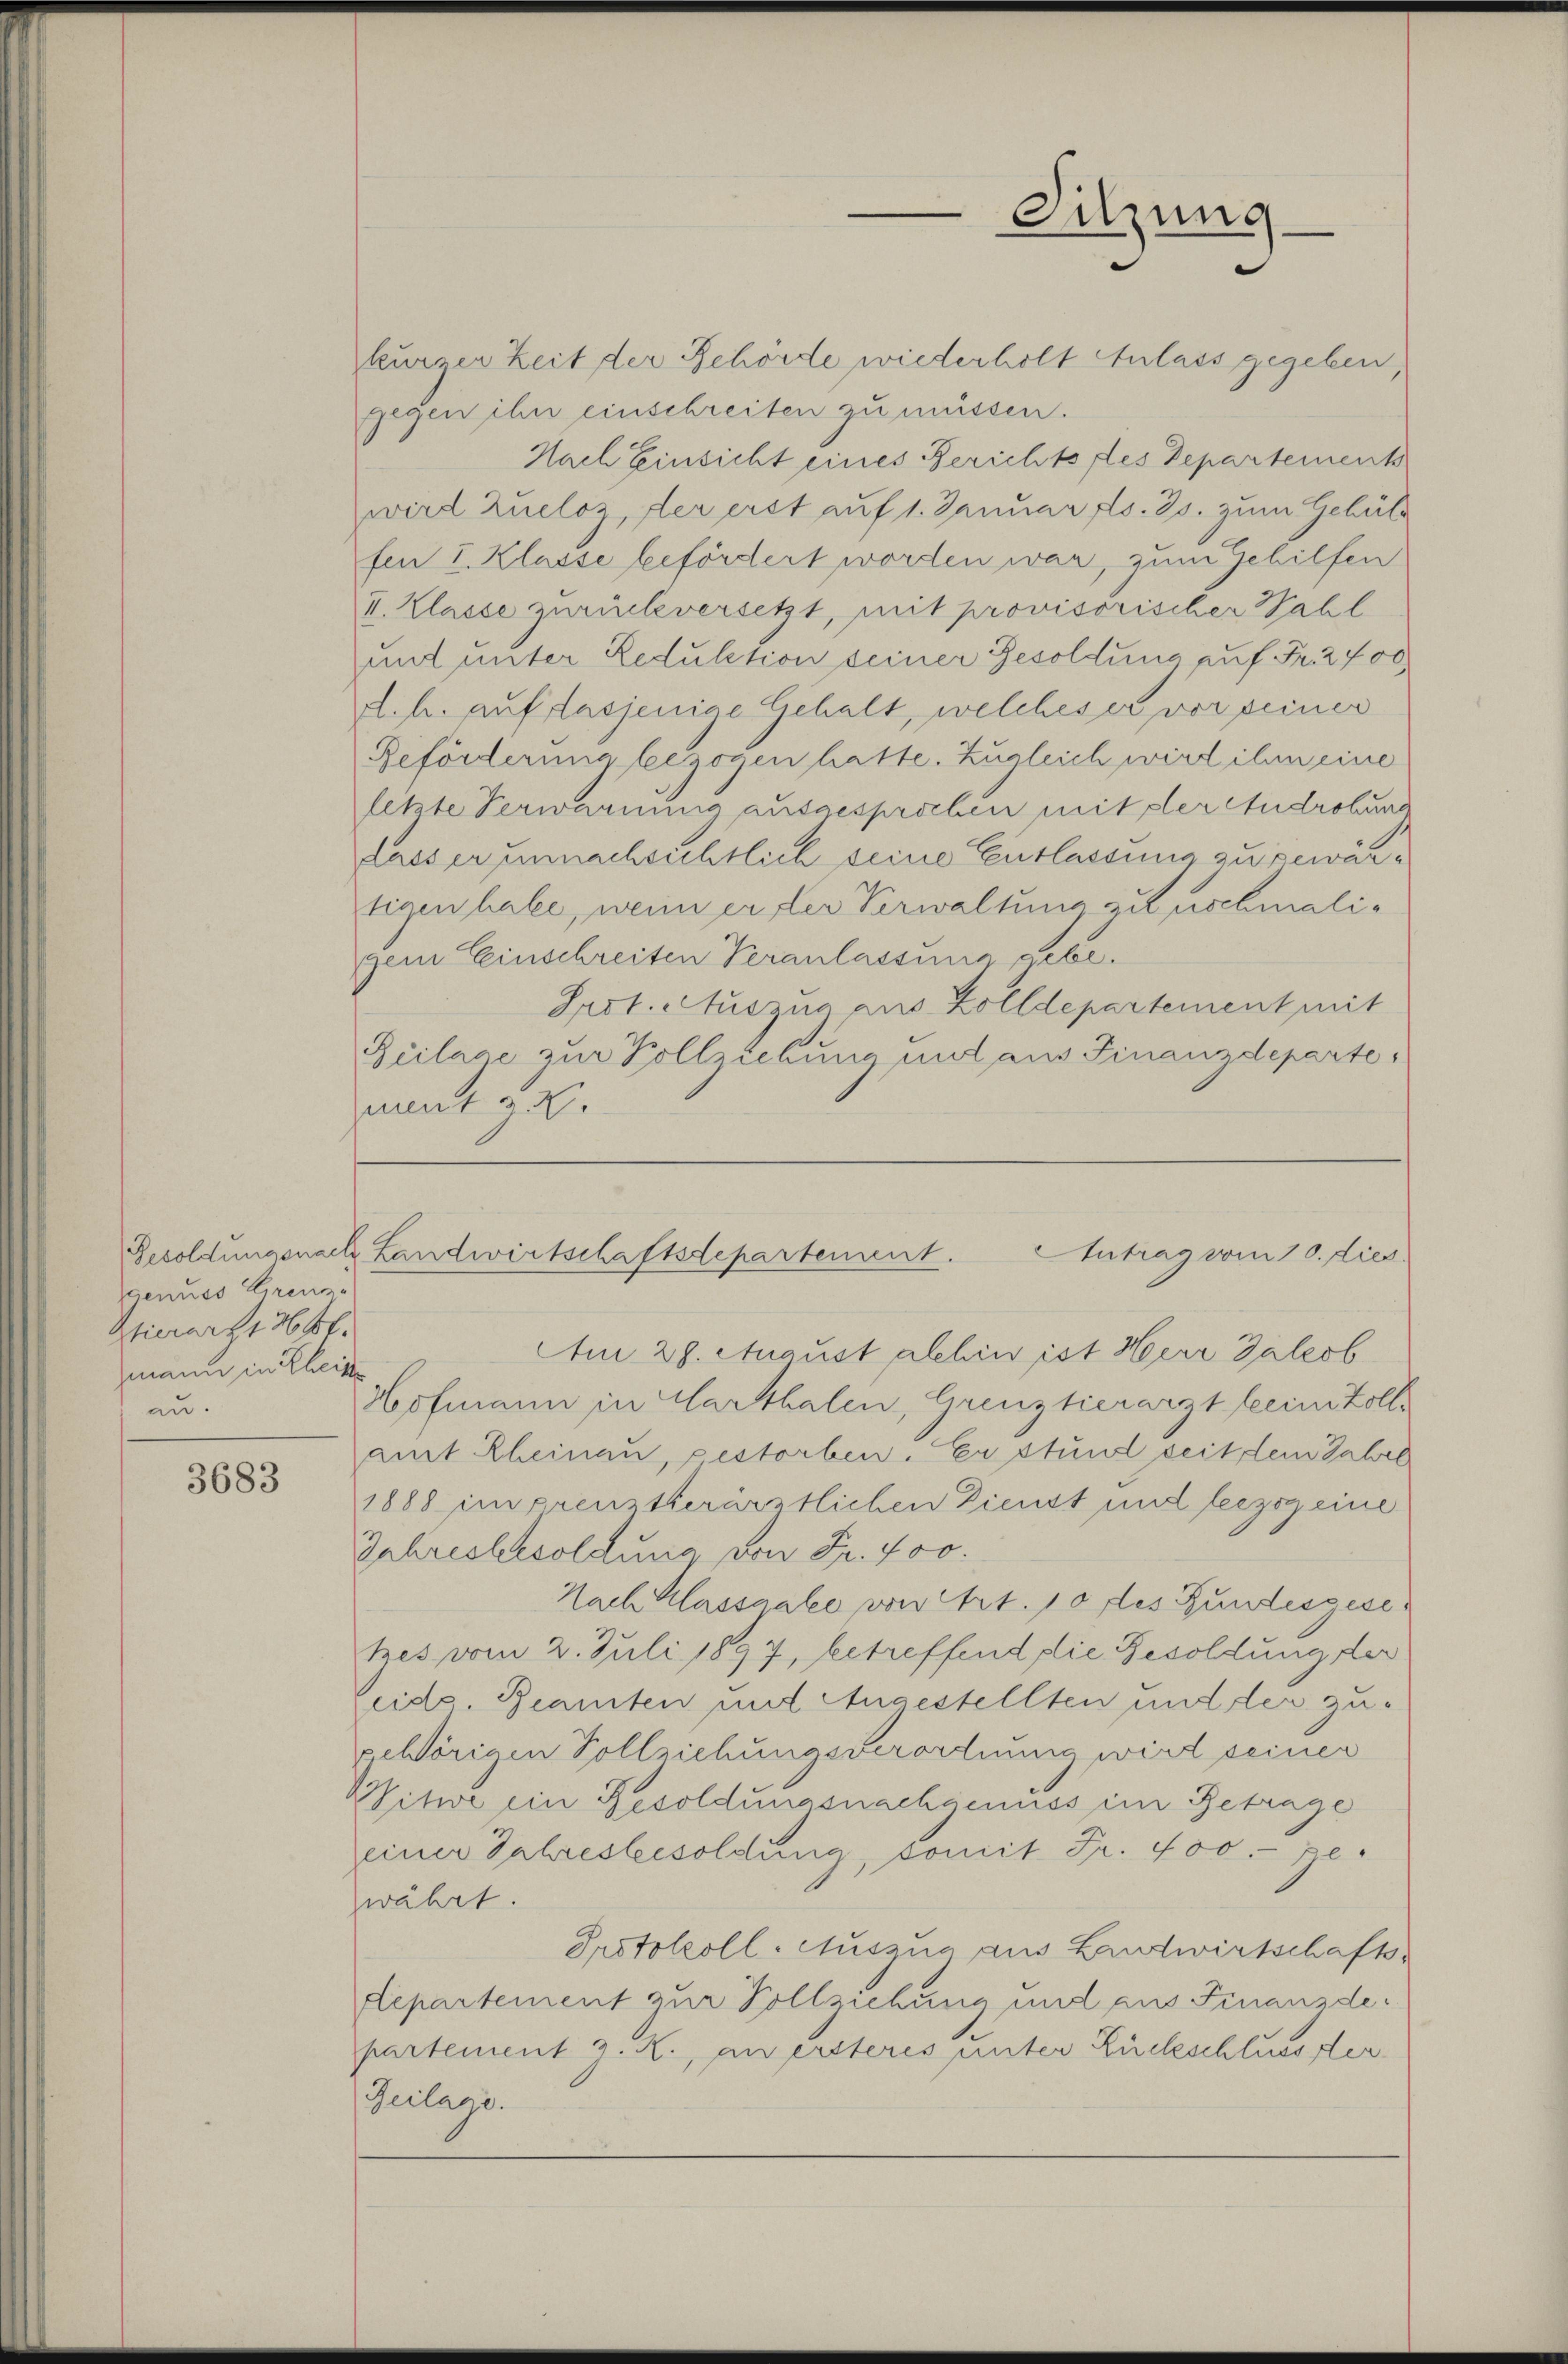
Besoldungsnach
genuss Grenze
Zierart 136 ff.
mann in Rheine
au.

3683

kurzer Zeit der Behörde wiederholt Anlass gegeben
gegen ihn einschreiten zu müssen.
Nach Einsicht eines Berichts des Departements
wird zueloz, der erst auf 1. Januar d. Js. zum Gehül
fen I. Klasse befördert worden war, zum Gehilfen
II. Klasse zurückversetzt, mit provisorischer Wahl
unt unter Reduktion seiner Besoldung auf Fr. 2700,
d. h. auf dasjenige Gehalt, welches er vor seiner
Beförderung bezogen hatte. Zugleich wird ihm eine
letzte Verwarnung ausgesprochen mit der Androhune
Lass er unnachsichtlich seine Entlassung zu gewärtigen habe, wenn er der Verwaltung zu schmaligem Einschreiten Veranlassung gebe.
Prot. Auszug aus Zolldepartement mit
Beilage zur Vollziehung unt aus Finanzdeparte
mant z.

Sitzung

Landwirtschaftsdepartement. Antrag vom 10. dies

Am 29. August abhin ist Herr Jaleob
Hofmann in Marthalen, Grenztierarzt beeintolle
amt Rheinau, gestorben. Er stund seit dem Jahre
1888 im preusterärztlichen Dienst und leezog eine
Jahresbesoldung von Fr. 400.
Nach Klassaale von Art. 10 des Bundesgesetzes vom 2. Juli 1897, betreffend die Besoldung der
eids. Beamten und Angestellten und der zuvehörigen Vollziehungsverordnung wird seiner
Vitwe ein Resoldungsnachgenuss im Betrage
einer Jahresbesoldung, somit Fr. 400.- pewährt.
Protokoll-Auszug aus Ludwirtschafts-
departement zur Vollziehung und aus Finanzde:
partement J. R., an ersteres unter Rückschlussser
Geilage.